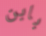
بابن